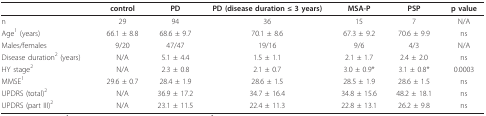
|  | control | PD | PD (disease duration ≤ 3 years) | MSA-P | PSP | p value |
 | --- | --- | --- | --- | --- | --- | --- |
 | n | 29 | 94 | 36 | 15 | 7 | N/A |
 | Age1 (years) | 66.1 ± 8.8 | 68.6 ± 9.7 | 70.1 ± 8.6 | 67.3 ± 9.2 | 70.6 ± 9.9 | ns |
 | Males/females | 9/20 | 47/47 | 19/16 | 9/6 | 4/3 | N/A |
 | Disease duration2 (years) | N/A | 5.1 ± 4.4 | 1.5 ± 1.1 | 2.1 ± 1.7 | 2.4 ± 2.0 | ns |
 | HY stage2 | N/A | 2.3 ± 0.8 | 2.1 ± 0.7 | 3.0 ± 0.9* | 3.1 ± 0.8* | 0.0003 |
 | MMSE1 | 29.6 ± 0.7 | 28.4 ± 1.9 | 28.6 ± 1.5 | 28.5 ± 1.9 | 28.6 ± 1.5 | ns |
 | UPDRS (total)2 | N/A | 36.9 ± 17.2 | 34.7 ± 16.4 | 34.8 ± 15.6 | 48.2 ± 18.1 | ns |
 | UPDRS (part III)2 | N/A | 23.1 ± 11.5 | 22.4 ± 11.3 | 22.8 ± 13.1 | 26.2 ± 9.8 | ns |